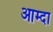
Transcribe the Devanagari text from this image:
आम्दा